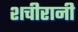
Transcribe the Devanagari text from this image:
शचीरानी